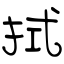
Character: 拭